Report of the Indian Hemp Drugs Commission, 1894-1895 - Volume V
Year: 1894
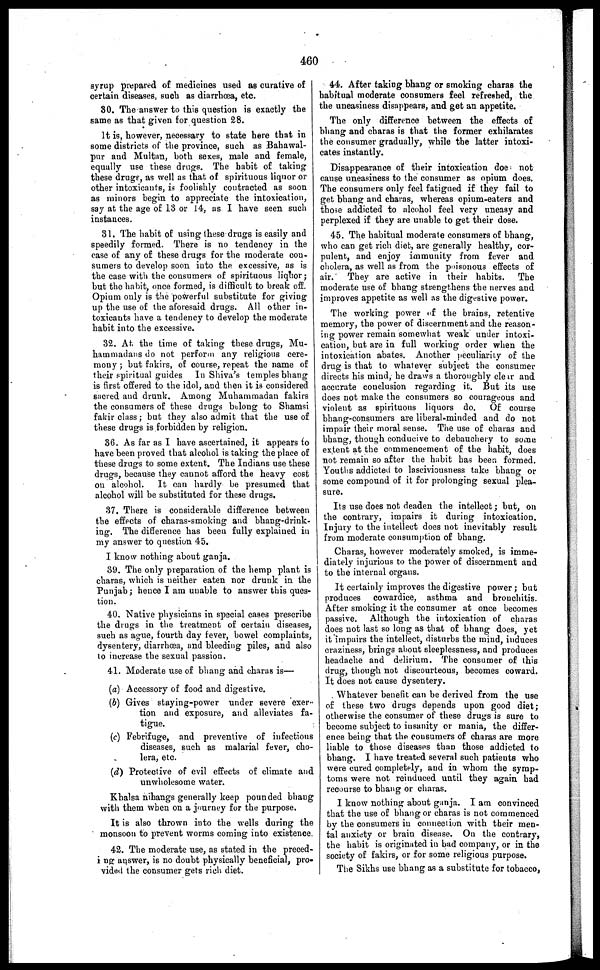
460
syrup prepared of medicines used as curative of
certain diseases, suoh as diarrhœa, etc.
80. The answer to this question is exactly the
same as that given for question 28.
It is, however, necessary to state here that in
some districts of the province, such as Bahawal-
pur and Multan, both sexes, male and female,
equally use these drugs. The habit of taking
these drugs, as well as that of spirituous liquor or
other intoxicants, is foolishly contracted as soon
as minors begin to appreciate the intoxication,
say at the age of 13 or 14, as I have seen such
instances.
31. The habit of using these drugs is easily and
speedily formed. There is no tendency in the
case of any of these drugs for the moderate con-
sumers to develop soon into the excessive, as is
the case with the cousumers of spirituous liquor;
but the habit, once formed, is difficult to break off.
Opium only is the powerful substitute for giving
up the use of the aforesaid drugs. All other in-
toxicants have a tendency to develop the moderate
habit into the excessive.
32. At the time of taking these drugs, Mu-
hauaniadans do not perform any religious cere-
mony ; but fakirs, of course, repeat the name of
their spiritual guides In Shiva's temples bhang
is first offered to the idol, and then it is considered
sacred and drunk. Among Muhamraadan fakirs
the consumers of these drugs belong to Shamsi
fakir class; but they also admit that the use of
these drugs is forbidden by religion.
36. As far as I have ascertained, it appears to
have been proved that alcohol is taking the place of
these drugs to some extent. The Indians use these
drugs, because they cannot afford the heavy cost
on alcohol. It can hardly be presumed that
alcohol will be substituted for these drugs.
37. There is considerable difference between
the effects of charas-smoking and bhang-drink-
ing. The difference has been fully explained in
my answer to question 45.
I know nothing about ganja.
39. The only preparation of the hemp plant is
charas, which is neither eaten nor drunk in the
Punjab; hence I am unable to answer this ques-
tion.
40. Native physicians in special cases prescribe
the drugs in the treatment of certain diseases,
such as ague, fourth day fever, bowel complaints,
dysentery, diarrhoea, and bleeding piles, and also
to increase the sexual passion.
41. Moderate use of bhang and charas is—
(a) Accessory of food and digestive.
(b) Gives staying-power under severe exer-
tion and exposure, and alleviates fa-
tigue.
(c) Febrifuge, and preventive of infectious
diseases, such as malarial fever, cho-
lera, etc.
(d) Protective of evil effects of climate and
unwholesome water.
Khalsa nihangs generally keep pounded bhaug
with them when on a journey for the purpose.
It is also thrown into the wells during the
monsoon to prevent worms coming into existence.
42. The moderate use, as stated in the preced-
ing answer, is no doubt physically beneficial, pro-
vided the consumer gets rich diet.
44. After taking bhang or smoking charas the
habitual moderate consumers feel refreshed, the
the uneasiness disappears, and get an appetite.
The only difference between the effects of
bhang and charas is that the former exhilarates
the consumer gradually, while the latter intoxi-
cates instantly.
Disappearance of their intoxication doe not
cause uneasiness to the consumer as opium does.
The consumers only feel fatigued if they fail to
get bhang and charas, whereas opium-eaters and
those addicted to alcohol feel very uneasy and
perplexed if they are unable to get their dose.
45. The habitual moderate consumers of bhang,
who can get rich diet, are generally healthy, cor-
pulent, and enjoy immunity from fever and
cholera, as well as from the poisonous effects of
air. They are active in their habits. The
moderate use of bhang strengthens the nerves and
improves appetite as well as the digestive power.
The working power of the brains, retentive
memory, the power of discernment and the reason-
ing power remain somewhat weak under intoxi-
cation, but are in full working order when the
intoxication abates. Another peculiarity of the
drug is that to whatever subject the consumer
directs his mind, he draws a thoroughly clear and
accurate conclusion regarding it. But its use
does not make the consumers so courageous and
violent as spirituous liquors do. Of course
bhang-consumers are liberal-minded and do not
impair their moral sense. The use of charas and
bhang, though conducive to debauchery to some
extent at the commencement of the habit, does
not remain so after the habit has been formed.
Youths addicted to lasciviousness take bhang or
some compound of it for prolonging sexual plea-
sure.
Its use does not deaden the intellect; but, on
the contrary, impairs it during intoxication.
Injury to the intellect does not inevitably result
from moderate consumption of bhang.
Charas, however moderately smoked, is imme-
diately injurious to the power of discernment and
to the internal organs.
It certainly improves the digestive power ; but
produces cowardice, asthma and bronchitis.
After smoking it the consumer at once becomes
passive. Although the intoxication of charas
does not last so long as that of bhang does, yet
it impairs the intellect, disturbs the mind, induces
craziness, brings about sleeplessness, and produces
headache and delirium. The consumer of this
drug, though not discourteous, becomes coward.
It does not cause dysentery.
Whatever benefit can be derived from the use
of these two drugs depends upon good diet;
otherwise the consumer of these drugs is sure to
become subject to insanity or mania, the differ-
ence being that the cousumers of charas are more
liable to those diseases than those addicted to
bhang. I have treated several such patients who
were cured completely, and in whom the symp-
toms were not reinduced until they again had
recourse to bhang or charas.
1 know nothing about ganja. I am convinced
that the use of bhang or charas is not commenced
by the consumers in connection with their men-
tal anxiety or brain disease. On the contrary,
the habit is originated in bad company, or in the
society of fakirs, or for some religious purpose.
The Sikhs use bhang as a substitute for tobacco,